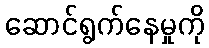
ဆောင်ရွက်နေမှုကို